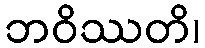
ဘဝိဿတိ၊